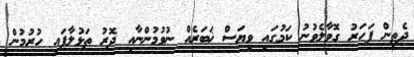
ދެތިން ފަހަރު ގޮވާލެވުނު ކަމުގައި ވިޔަސް ޚަބަރެއް ނުވުމުންނާއި ދޮރު ތަޅުލާފައި ހުރުމުން